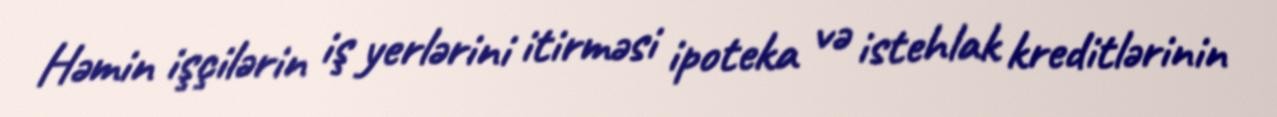
Həmin işçilərin iş yerlərini itirməsi ipoteka və istehlak kreditlərinin